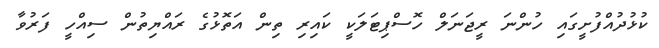
ކުޅުދުއްފުށީގައި ހުންނަ ރީޖަނަލް ހޮސްޕިޓަލަކީ ކައިރި ތިން އަތޮޅުގެ ރައްޔިތުން ސިއްހީ ފަރުވާ